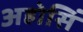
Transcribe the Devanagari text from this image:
अहोसिं